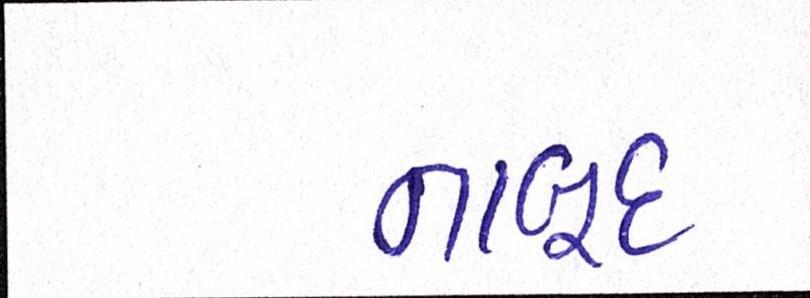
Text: નાબૂદ